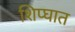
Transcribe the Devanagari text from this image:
शिप्घात